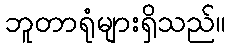
ဘူတာရုံများရှိသည်။